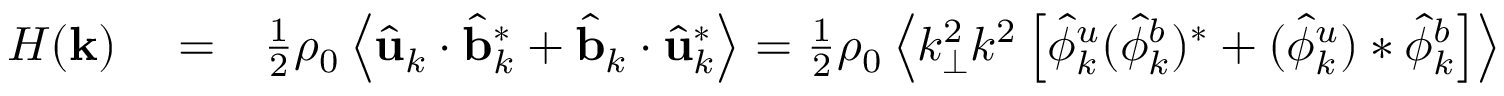
\begin{array} { r l r } { H ( { \bf k } ) } & { { } = } & { \frac { 1 } { 2 } \rho _ { 0 } \left\langle \hat { \bf u } _ { k } \cdot \hat { \bf b } _ { k } ^ { * } + \hat { \bf b } _ { k } \cdot \hat { \bf u } _ { k } ^ { * } \right\rangle = \frac { 1 } { 2 } \rho _ { 0 } \left\langle k _ { \perp } ^ { 2 } k ^ { 2 } \left[ \hat { \phi } _ { k } ^ { u } ( \hat { \phi } _ { k } ^ { b } ) ^ { * } + ( \hat { \phi } _ { k } ^ { u } ) * \hat { \phi } _ { k } ^ { b } \right] \right\rangle } \end{array}